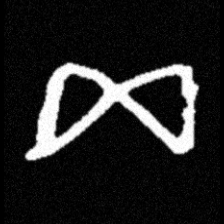
Pyu character \u2014 Myanmar letter: ဆ (romanized: cha)